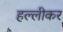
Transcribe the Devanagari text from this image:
हल्लीकर